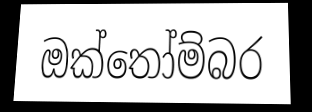
ඔක්තෝම්බර